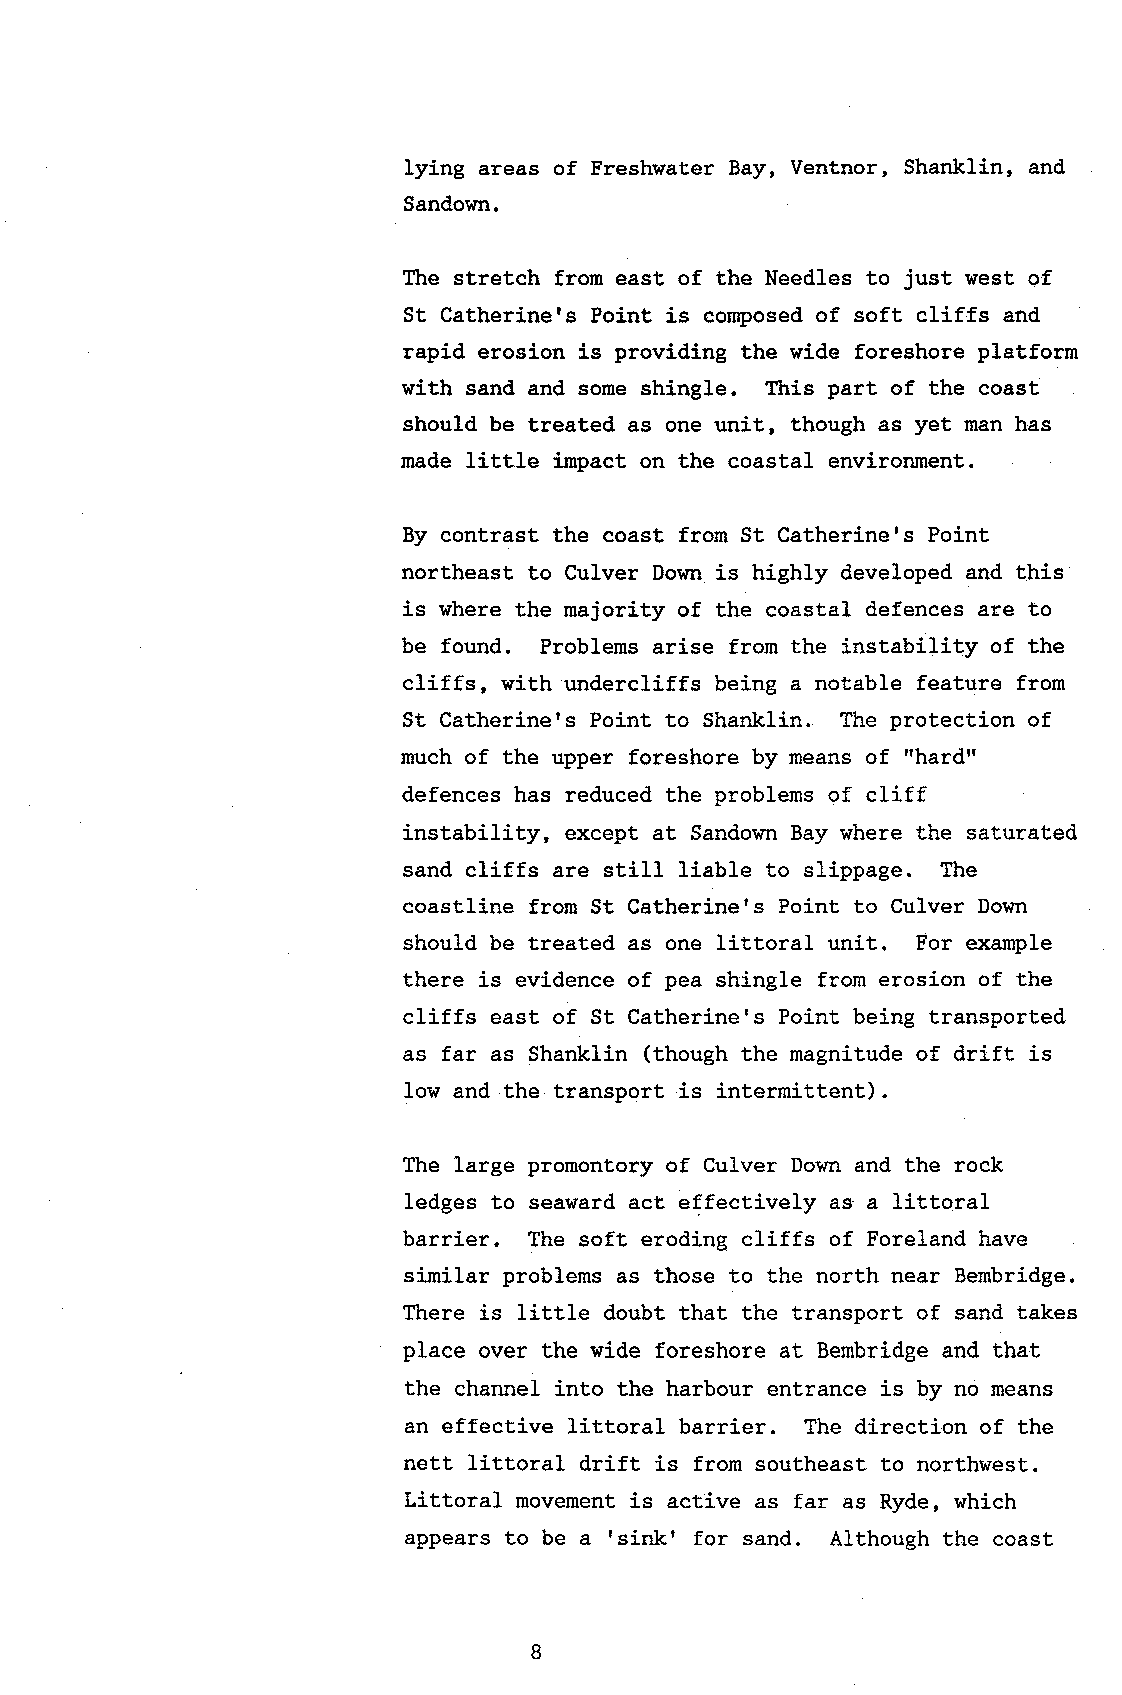
lying areas of Freshwater Bay, Ventnor, Shanklin, and
 Sandown.
 The stretch from east of the Needles to just west of
 St Catherine's Point is composed of soft cliffs and
 rapid erosion is providing the wide foreshore platform
 with sand and some shingle. Ttris part of the coast
 should be treated as one unit, though as yet man has
 made litt1e impact on the coastal environment.
 By contrast the coast from St Catheriners Point
 northeast to Culver Down is highly developed and this
 is where the majority of the coastal defences are to
 be found. Problems arise from the instability of the
 cliffs, with undercliffs being a notable feature from
 St Catherine's Point to Shanklin. The protection of
 'rhardrf
 mueh of the upper foreshore by means of
 defences has reduced the problems of cliff
 instability, except at Sandown Bay where the saturated
 sand cliffs are stil1 liable to slippage. The
 coastline from St Catheriners Point to Culver Down
 should be treated as one littoral unit. For example
 there is evidence of pea shi-ngle from erosion of the
 cliffs east of St Catherine's Point being transported
 as far as Shanklin (though the magnitude of drift is
 Iow and the transport is intermittent).
 The large promontory of Culver Dovn and the rock
 ledges to seaward act effectively as'a littoral
 barrier. The soft eroding cliffs of Foreland have
 similar problems as those to the north near Bembridge.
 There is litt1e doubt that the transport of sand takes
 place over the wide foreshore at Bembridge and that
 the channel into the harbour entrance is by no means
 an effective littoral barrier. The direction of the
 nett littoral drift is from southeast to northwest.
 tittoral movement is active as far as Ryde, which
 fsink'
 appears to be a    for sand. Although the coast